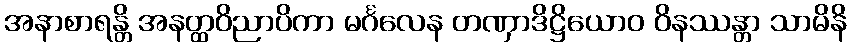
အနာစာရန္တိ အနတ္ထဝိညာပိကာ မင်္ဂလေန တဏှာဒိဋ္ဌိယောဝ ဝိနဿန္တာ သာမိနိ